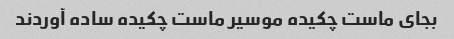
بجاى ماست چکیده موسیر ماست چکیده ساده آوردند